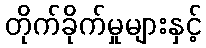
တိုက်ခိုက်မှုများနှင့်